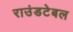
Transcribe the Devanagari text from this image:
राउंडटेबल